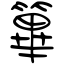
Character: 篳